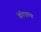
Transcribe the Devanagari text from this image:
वेरिएशन्स